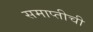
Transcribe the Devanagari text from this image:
समाप्तीची